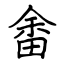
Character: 畬